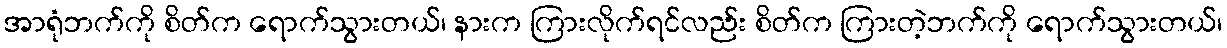
အာရုံဘက်ကို စိတ်က ရောက်သွားတယ်၊ နားက ကြားလိုက်ရင်လည်း စိတ်က ကြားတဲ့ဘက်ကို ရောက်သွားတယ်၊